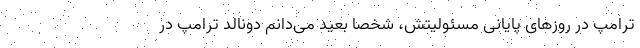
ترامپ در روزهای پایانی مسئولیتش، شخصا بعید می‌دانم دونالد ترامپ در